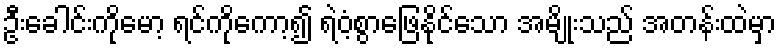
ဦးခေါင်းကိုမော့ ရင်ကိုကော့၍ ရဲဝံ့စွာဖြေနိုင်သော အမျိုးသည် အတန်းထဲမှာ